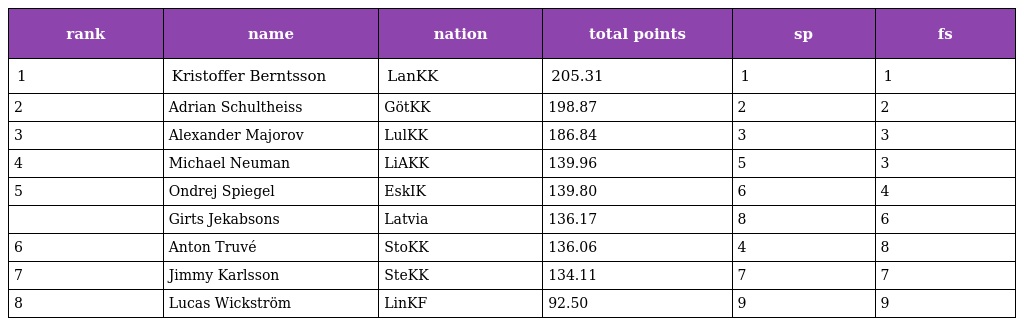
| rank | name | nation | total points | sp | fs |
 | --- | --- | --- | --- | --- | --- |
 | 1 | Kristoffer Berntsson | LanKK | 205.31 | 1 | 1 |
 | 2 | Adrian Schultheiss | GötKK | 198.87 | 2 | 2 |
 | 3 | Alexander Majorov | LulKK | 186.84 | 3 | 3 |
 | 4 | Michael Neuman | LiAKK | 139.96 | 5 | 3 |
 | 5 | Ondrej Spiegel | EskIK | 139.80 | 6 | 4 |
 |  | Girts Jekabsons | Latvia | 136.17 | 8 | 6 |
 | 6 | Anton Truvé | StoKK | 136.06 | 4 | 8 |
 | 7 | Jimmy Karlsson | SteKK | 134.11 | 7 | 7 |
 | 8 | Lucas Wickström | LinKF | 92.50 | 9 | 9 |